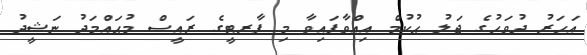
އަހަރު ދުވަހުގެ ޖަލު ޙުކުމް އިއްވާފައިވާ މި ޕާރޓީގެ ރައީސް މުޙައްމަދު ނަޝީދު